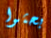
بحثوا